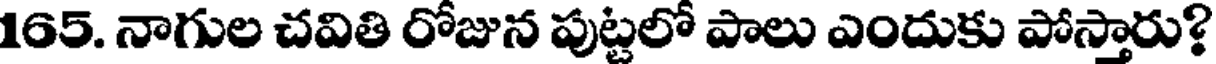
165. నాగుల చవితి రోజున పుట్టలో పాలు ఎందుకు పోస్తారు?